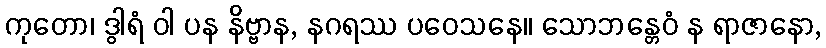
ကုတော၊ ဒွါရံ ဝါ ပန နိဗ္ဗာန, နဂရဿ ပဝေသနေ။ သောဘန္တေဝံ န ရာဇာနော,